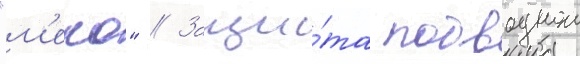
"м'еко" // Защи́та подводнои